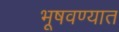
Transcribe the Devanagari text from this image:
भूषवण्यात